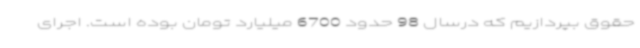
حقوق بپردازیم که درسال 98 حدود 6700 میلیارد تومان بوده است. اجرای